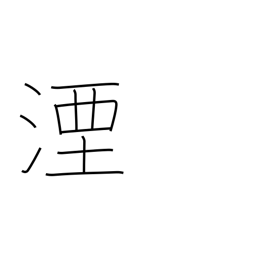
Meaning: sink